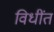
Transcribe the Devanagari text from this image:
विधींत